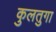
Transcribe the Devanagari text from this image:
कुलतुगा